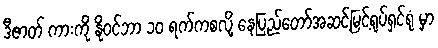
ဒီဇာတ် ကားကို နိုဝင်ဘာ ၁၀ ရက်ကစလို့ နေပြည်တော်အဆင့်မြင့်ရုပ်ရှင်ရုံ မှာ